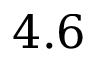
4 . 6